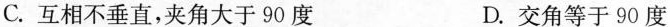
C.互相不垂直，夹角大于90度 D.交角等于90度